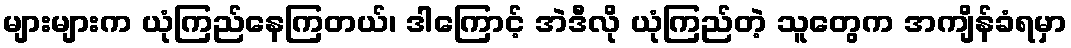
များများက ယုံကြည်နေကြတယ်၊ ဒါကြောင့် အဲဒီလို ယုံကြည်တဲ့ သူတွေက အကျိန်ခံရမှာ